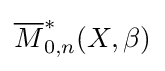
{\overline {M}}_{0,n}^{*}(X,\beta )